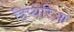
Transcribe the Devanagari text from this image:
डिप्थेरिआ